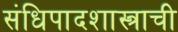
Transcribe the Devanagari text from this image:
संधिपादशास्त्राची